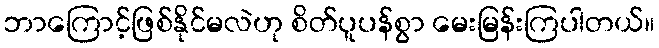
ဘာကြောင့်ဖြစ်နိုင်မလဲဟု စိတ်ပူပန်စွာ မေးမြန်းကြပါတယ်။